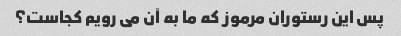
پس این رستوران مرموز که ما به آن می رویم کجاست؟